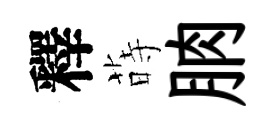
釋蒔朒